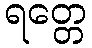
ရတ္တေ